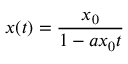
x ( t ) = \frac { x _ { 0 } } { 1 - a x _ { 0 } t }